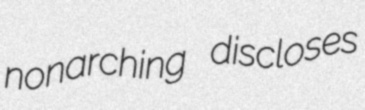
nonarching discloses